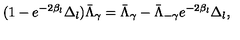
( 1 - e ^ { - 2 \beta _ { l } } \Delta _ { l } ) \bar { \Lambda } _ { \gamma } = \bar { \Lambda } _ { \gamma } - \bar { \Lambda } _ { - \gamma } e ^ { - 2 \beta _ { l } } \Delta _ { l } ,